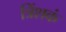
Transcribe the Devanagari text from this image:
त्रिंशकं